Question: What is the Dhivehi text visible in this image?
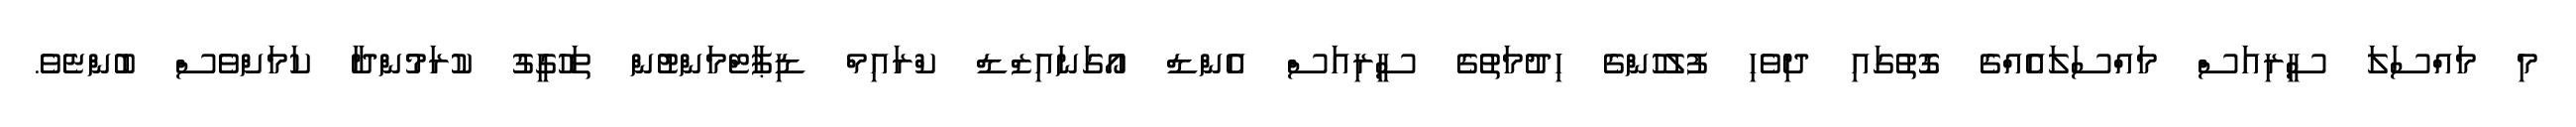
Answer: މި މައްސަލަ ސީރިއަސް މައްސަލައެއްގެ ގޮތުގައި ދިވެހި ފުލުހުންގެ ހިދުމަތުގެ ސީރިއަސް އެންޑް އޯގަނައިޒްޑް ކްރައިމް ޑިޕާޓްމަންޓުން ތަހުގީގު ކުރަމުންދާ ކަމަށްވެސް ބުންޏެވެ.